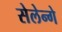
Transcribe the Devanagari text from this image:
सेलेन्गे